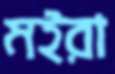
মইরা